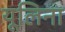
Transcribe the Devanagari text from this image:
यूलिना